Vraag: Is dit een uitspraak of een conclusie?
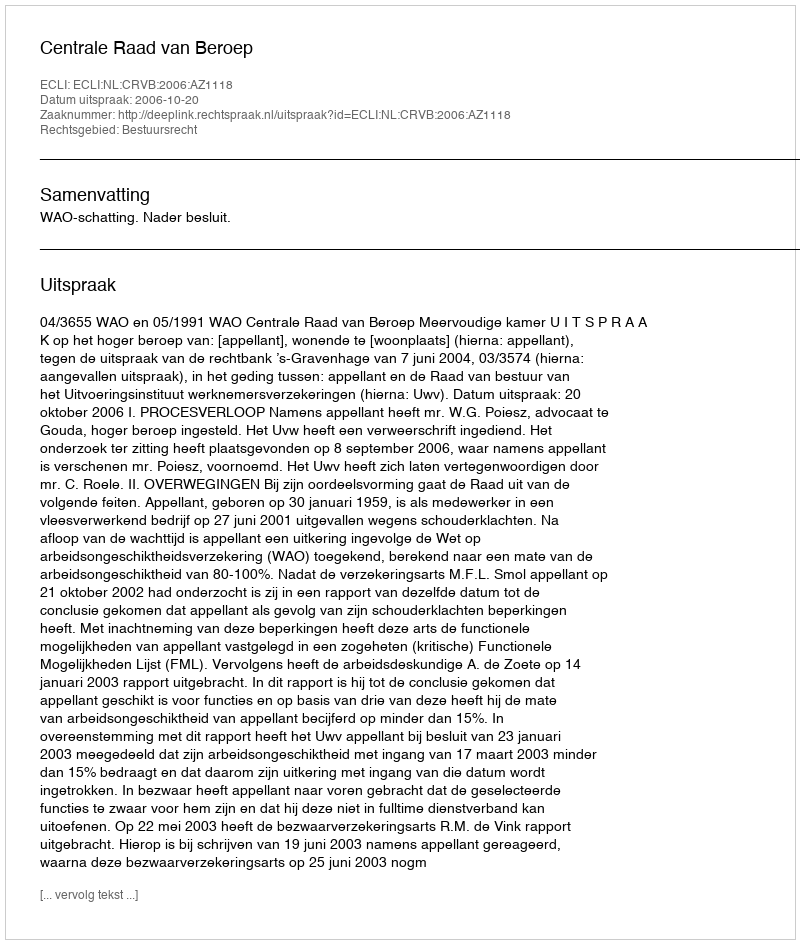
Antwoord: Uitspraak